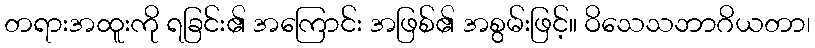
တရားအထူးကို ရခြင်း၏ အကြောင်း အဖြစ်၏ အစွမ်းဖြင့်။ ဝိသေသဘာဂိယတာ၊